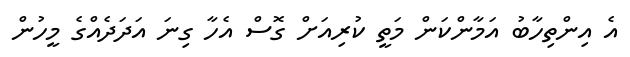
އެ އިންތިހާބު އަމާންކަން މަތީ ކުރިއަށް ގޮސް އެހާ ގިނަ އަދަދެއްގެ މީހުން